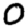
Digit: 0